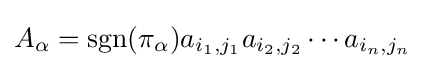
A_{\alpha }=\operatorname {sgn} (\pi _{\alpha })a_{i_{1},j_{1}}a_{i_{2},j_{2}}\cdots a_{i_{n},j_{n}}